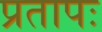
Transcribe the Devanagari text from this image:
प्रतापः